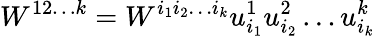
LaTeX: W^{12\ldots k}=W^{i_{1}i_{2}\ldots i_{k}}u_{i_{1}}^{1}u_{i_{2}}^{2}\ldots u_{i_{k}}^{k}